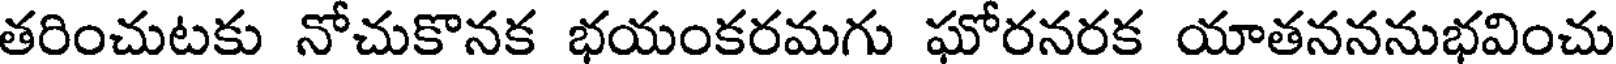
తరించుటకు నోచుకొనక భయంకరమగు ఘోరనరక యాతనననుభవించు